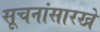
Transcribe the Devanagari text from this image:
सूचनांसारखे